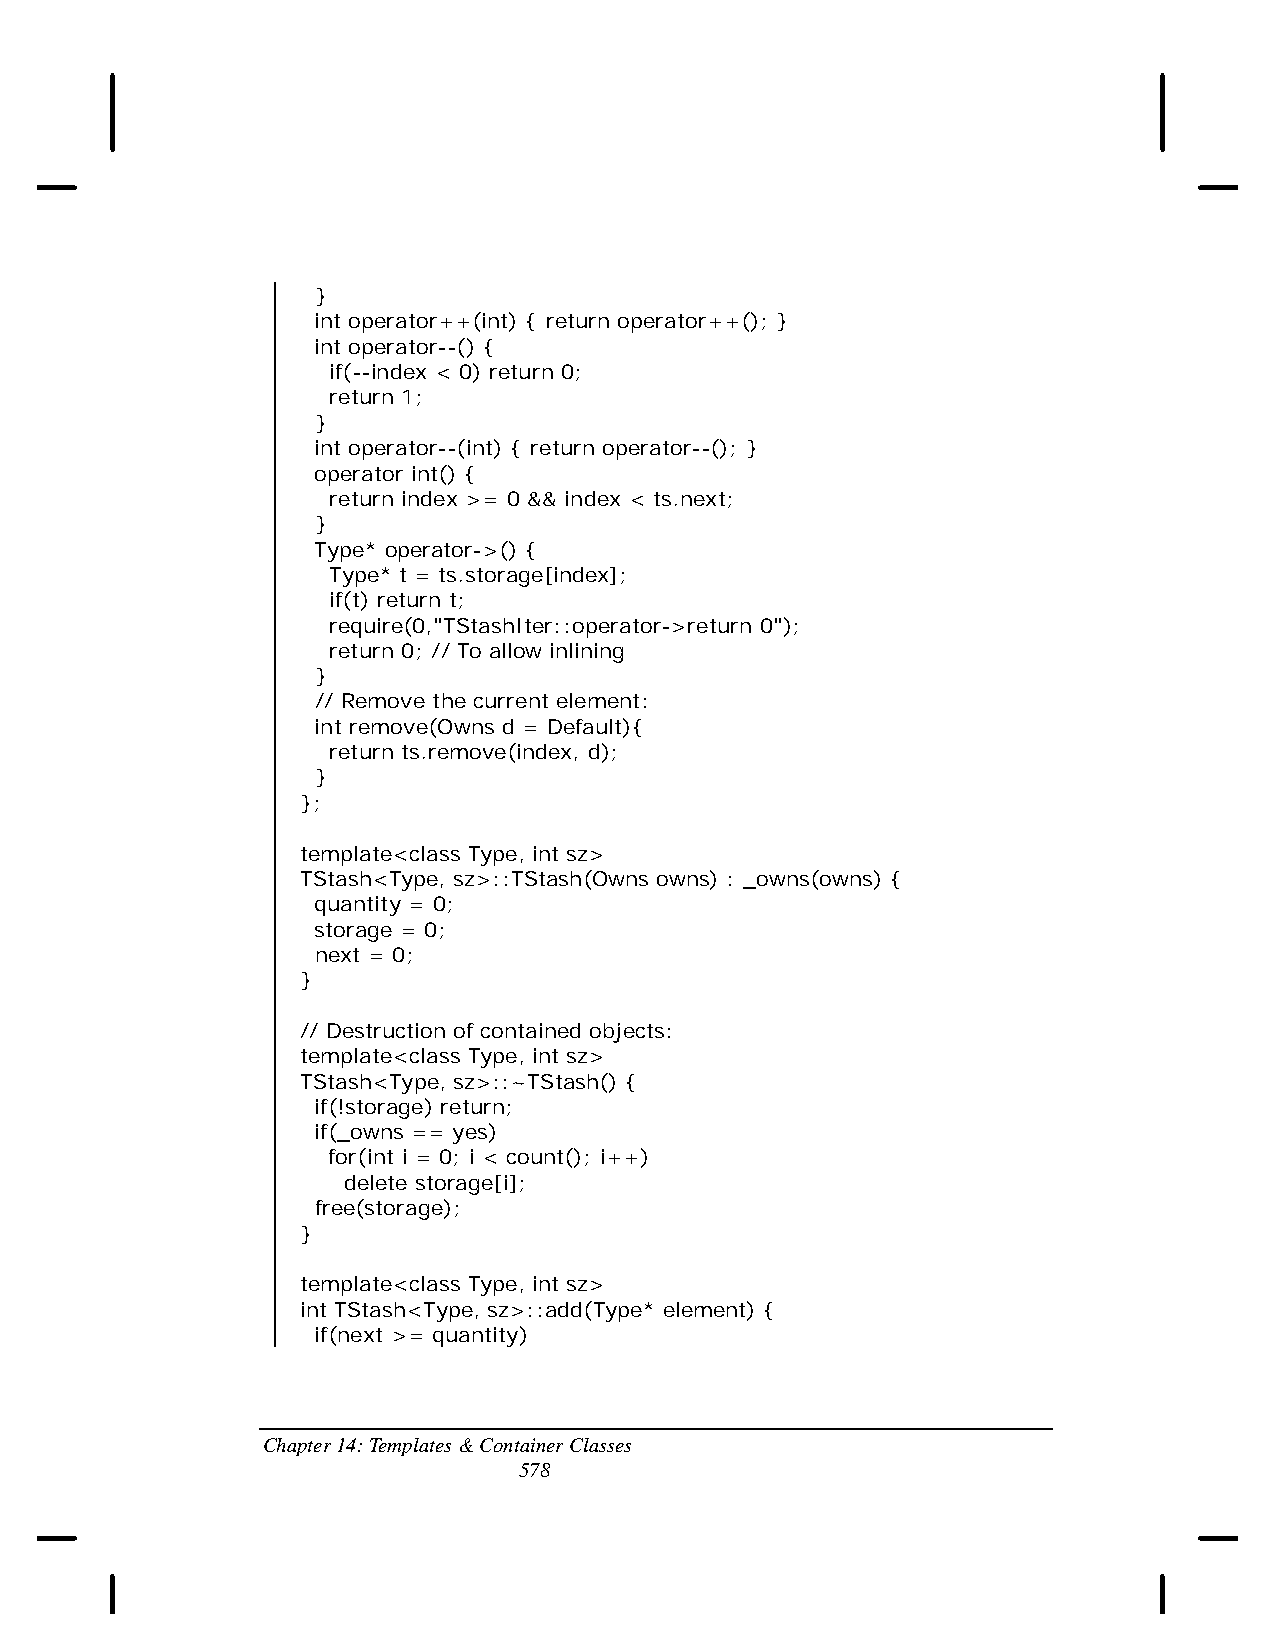
}
 int operator++(int) { return operator++(); }
 int operator--() {
 if(--index < 0) return 0;
 return 1;
 }
 int operator--(int) { return operator--(); }
 operator int() {
 return index >= 0 && index < ts.next;
 }
 Type* operator->() {
 Type* t = ts.storage[index];
 if(t) return t;
 require(0,"TStashIter::operator->return 0");
 return 0; // To allow inlining
 }
 // Remove the current element:
 int remove(Owns d = Default){
 return ts.remove(index, d);
 }
 };
 template<class Type, int sz>
 TStash<Type, sz>::TStash(Owns owns) : _owns(owns) {
 quantity = 0;
 storage = 0;
 next = 0;
 }
 // Destruction of contained objects:
 template<class Type, int sz>
 TStash<Type, sz>::~TStash() {
 if(!storage) return;
 if(_owns == yes)
 for(int i = 0; i < count(); i++)
 delete storage[i];
 free(storage);
 }
 template<class Type, int sz>
 int TStash<Type, sz>::add(Type* element) {
 if(next >= quantity)
 Chapter 14: Templates & Container Classes
 578